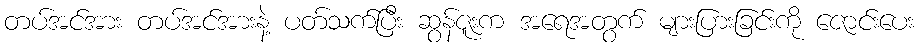
တပ်အင်အား တပ်အင်အားနဲ့ ပတ်သက်ပြီး ဆွန်ဇူးက အရေအတွက် များပြားခြင်းကို ဇောင်းပေး